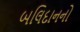
બલિદાનનો